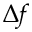
\Delta f